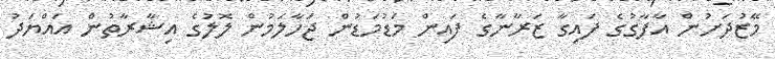
މޭޒުދަށުން އާފާގުގެ ފައިގާ ޒަރާނާގެ ފައިން މަޑުމަޑުން ޖަހާލަމުން ލޮލުގެ އިޝާރާތުން އައްޔަދު